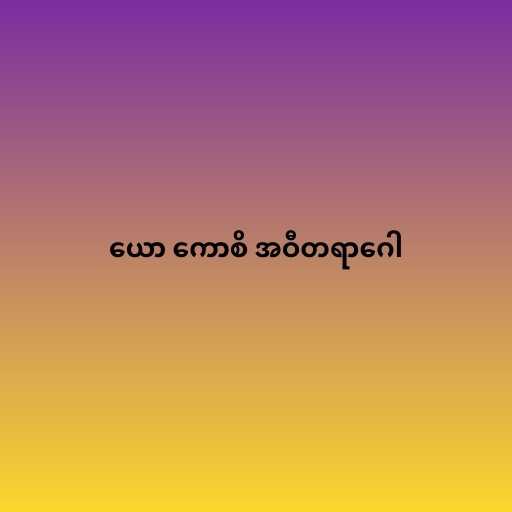
ယော ကောစိ အဝီတရာဂေါ